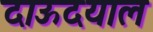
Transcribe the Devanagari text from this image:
दाऊदयाल